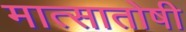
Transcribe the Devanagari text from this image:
मात्सातोषी